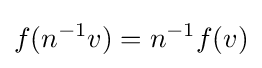
f(n^{-1}v)=n^{-1}f(v)